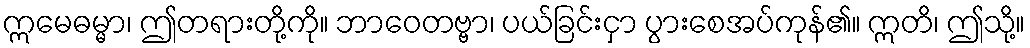
ဣမေဓမ္မာ၊ ဤတရားတို့ကို။ ဘာဝေတဗ္ဗာ၊ ပယ်ခြင်းငှာ ပွားစေအပ်ကုန်၏။ ဣတိ၊ ဤသို့။